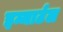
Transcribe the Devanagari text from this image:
इम्मार्टल